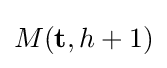
M(\mathbf {t} ,h+1)